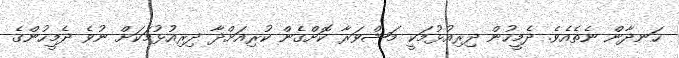
ހަނދާން ނެތެއެވެ. ދެމީހުން ދިރިއުޅުމަކީ މަޝްވަރާ ކޮށްގެން ކުރިއަށްދާ ދިރިއުޅުމަކަށް ނުވެ ދެމީހުންގެ